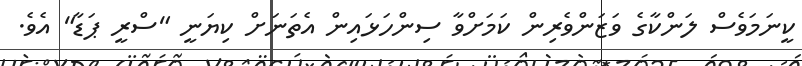
ކީނަމަވެސް ލަންކާގެ ވަޒަންވެރިން ކަމަށްވާ ސިންހަޅައިން އެތަނަށް ކިޔަނީ "ސްރީ ޕަޑާ" އެވެ.